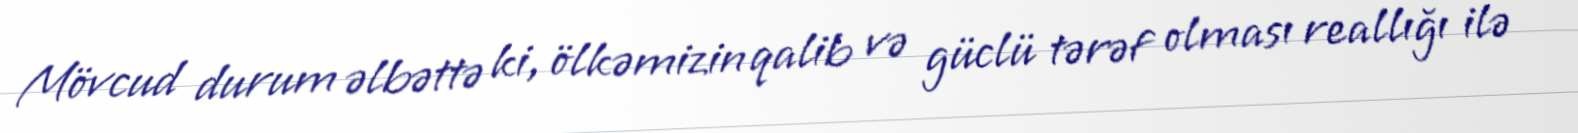
Mövcud durum əlbəttə ki, ölkəmizin qalib və güclü tərəf olması reallığı ilə